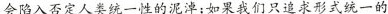
会陷入否定人类统一性的泥淖;如果我们只追求形式统一的